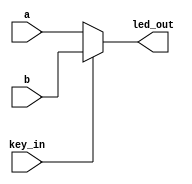
module led_test(a,b,key_in,led_out);
	input a;
	input b;
	input key_in;
	
	output led_out;
	assign led_out = (key_in == 0)? a : b;
endmodule